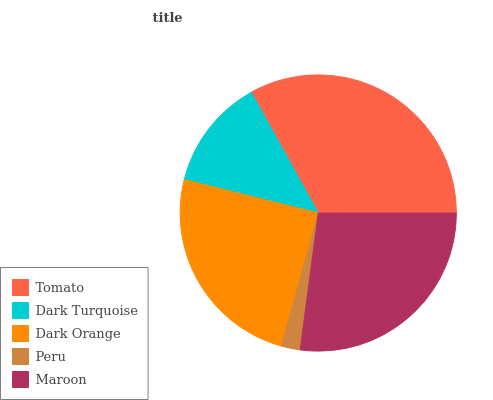
| Tomato | Dark Turquoise | Dark Orange | Peru | Maroon |
 | --- | --- | --- | --- | --- |
 | 33.1% | 13.1% | 24.5% | 2.23% | 27.1% |